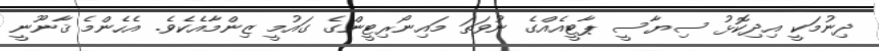
ދިނުމަކީ އިދިކޮޅު ސިޔާސީ ޕާޓީއެއްގެ ނުވަތަ މައިނޯރިޓީންގެ ގައުމީ ޒިންމާއެކެވެ. އެހެންމެ ޤާނޫނީ